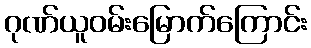
ဂုဏ်ယူဝမ်းမြောက်ကြောင်း